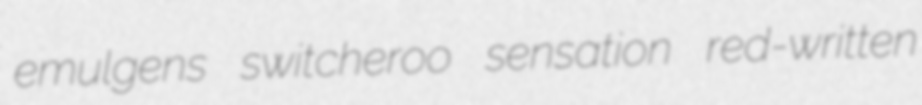
emulgens switcheroo sensation red-written